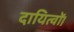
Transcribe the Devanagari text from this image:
दायित्वों।